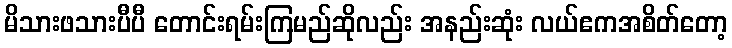
မိသားဖသားပီပီ တောင်းရမ်းကြမည်ဆိုလည်း အနည်းဆုံး လယ်ဧကအစိတ်တော့